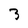
Character: 3